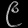
Digit: ၉